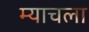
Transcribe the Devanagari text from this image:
म्याचला